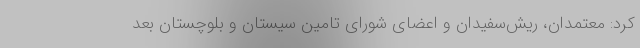
کرد: معتمدان، ریش‌سفیدان و اعضای شورای تامین سیستان و بلوچستان بعد